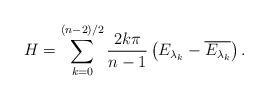
LaTeX: \begin{align*}H=\sum_{k=0}^{(n-2)/2} \frac{2k\pi }{n-1}\left(E_{\lambda_k}-\overline{E_{\lambda_k}}\right).\end{align*}